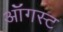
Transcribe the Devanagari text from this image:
ऑॅगस्ट